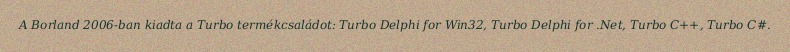
A Borland 2006-ban kiadta a Turbo termékcsaládot: Turbo Delphi for Win32, Turbo Delphi for .Net, Turbo C++, Turbo C#.